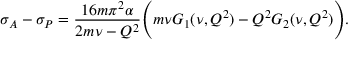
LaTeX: \sigma _ { A } - \sigma _ { P } = { \frac { 1 6 m \pi ^ { 2 } \alpha } { 2 m \nu - Q ^ { 2 } } } \Biggl ( m \nu G _ { 1 } ( \nu , Q ^ { 2 } ) - Q ^ { 2 } G _ { 2 } ( \nu , Q ^ { 2 } ) \Biggr ) .